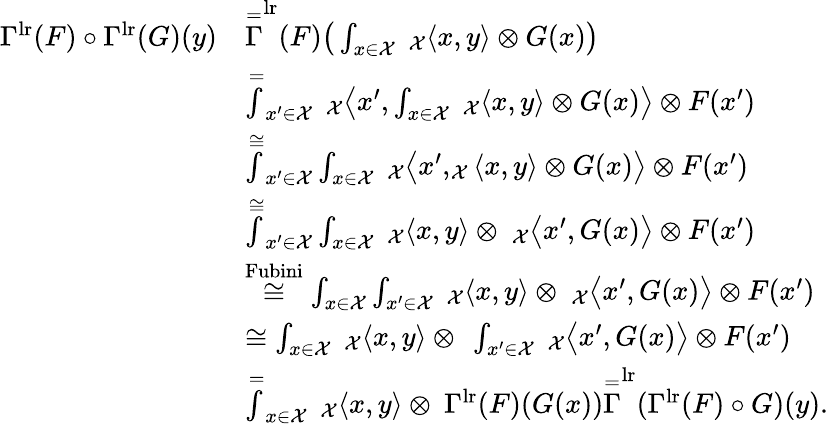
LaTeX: \begin{array}{rl}{\Gamma^{\textnormal{lr}}(F)\circ\Gamma^{\textnormal{lr}}(G)(y)}&{\overset{=}\Gamma^{\textnormal{lr}}(F)\big(\int_{x\in\mathcal{X}}\ _{\mathcal{X}}\langle x,y\rangle\otimes G(x)\big)}\\ &{\overset{=}\int_{x^{\prime}\in\mathcal{X}}\ _{\mathcal{X}}\big\langle x^{\prime},\int_{x\in\mathcal{X}}\ _{\mathcal{X}}\langle x,y\rangle\otimes G(x)\big\rangle\otimes F(x^{\prime})}\\ &{\overset{\cong}\int_{x^{\prime}\in\mathcal{X}}\int_{x\in\mathcal{X}}\ _{\mathcal{X}}\big\langle x^{\prime},_{\mathcal{X}}\langle x,y\rangle\otimes G(x)\big\rangle\otimes F(x^{\prime})}\\ &{\overset{\cong}\int_{x^{\prime}\in\mathcal{X}}\int_{x\in\mathcal{X}}\ _{\mathcal{X}}\langle x,y\rangle\otimes\ _{\mathcal{X}}\big\langle x^{\prime},G(x)\big\rangle\otimes F(x^{\prime})}\\ &{\overset{\textnormal{Fubini}}{\cong}\int_{x\in\mathcal{X}}\int_{x^{\prime}\in\mathcal{X}}\ _{\mathcal{X}}\langle x,y\rangle\otimes\ _{\mathcal{X}}\big\langle x^{\prime},G(x)\big\rangle\otimes F(x^{\prime})}\\ &{\cong\int_{x\in\mathcal{X}}\ _{\mathcal{X}}\langle x,y\rangle\otimes\ \int_{x^{\prime}\in\mathcal{X}}\ _{\mathcal{X}}\big\langle x^{\prime},G(x)\big\rangle\otimes F(x^{\prime})}\\ &{\overset{=}\int_{x\in\mathcal{X}}\ _{\mathcal{X}}\langle x,y\rangle\otimes\ \Gamma^{\textnormal{lr}}(F)(G(x))\overset{=}\Gamma^{\textnormal{lr}}(\Gamma^{\textnormal{lr}}(F)\circ G)(y).}\end{array}